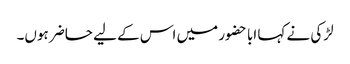
لڑکی نے کہا ابا حضور میں اس کے لیے حاضر ہوں۔